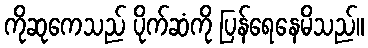
ကိုဆုကေသည် ပိုက်ဆံကို ပြန်ရေနေမိသည်။